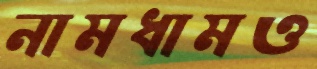
নামধামও